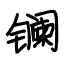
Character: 镧